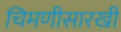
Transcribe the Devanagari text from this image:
चिमणीसारखी